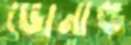
ডোনাল্ড